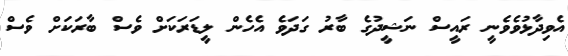
އެވިދާޅުވެވެނީ ރައީސް ނަޝީދުގެ ބާރު ގަދަވެ އެހެން ލީޑަރަކަށް ވެސް ބާރަކަށް ވެސް